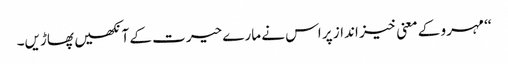
‘‘ مہرو کے معنی خیز انداز پر اس نے مارے حیرت کے آنکھیں پھاڑیں۔